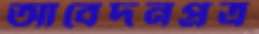
আবেদনপ্রত্র